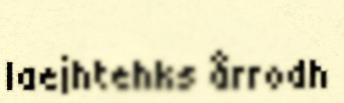
laejhtehks årrodh